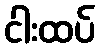
ငါးထပ်